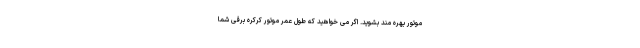
موتور بهره مند بشوید. اگر می خواهید که طول عمر موتور کرکره برقی شما